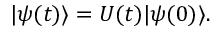
\vert \psi ( t ) \rangle = U ( t ) \vert \psi ( 0 ) \rangle .